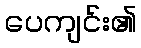
ပေကျင်း၏